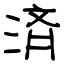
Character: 済